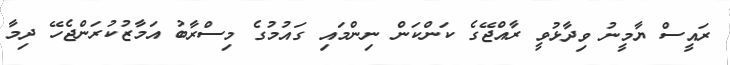
ރައީސް ޔާމީނު ވިދާޅުވީ ރާއްޖޭގެ ކަންކަން ނިންމައި ގައުމުގެ މިސްރާބު އަމާޒުކުރަންޖެހޭ ދިމާ